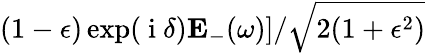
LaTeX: (1-\epsilon)\exp(\mathrm{~i~}\delta)\mathbf{E}_{-}(\omega)]/\sqrt{2(1+\epsilon^{2})}